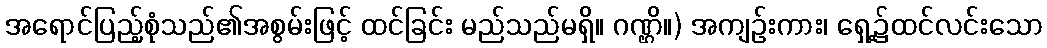
အရောင်ပြည့်စုံသည်၏အစွမ်းဖြင့် ထင်ခြင်း မည်သည်မရှိ။ ဂဏ္ဌိ။) အကျဉ်းကား၊ ရှေ့၌ထင်လင်းသော